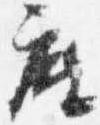
座